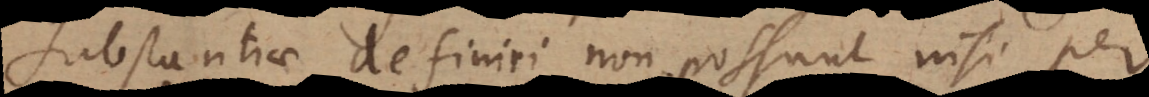
Substantiae definiri non possunt nisi per